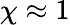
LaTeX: \chi\approx 1